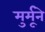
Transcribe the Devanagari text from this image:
मुर्मूने